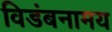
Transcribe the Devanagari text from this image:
विडंबनामय